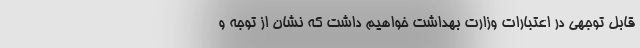
قابل توجهی در اعتبارات وزارت بهداشت خواهیم داشت که نشان از توجه و